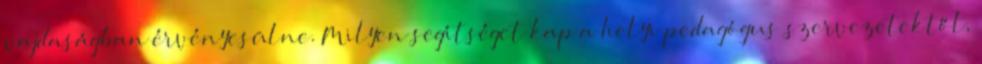
vajdaságban érvényesülne. Milyen segítséget kap a helyi pedagógus szervezetektől,